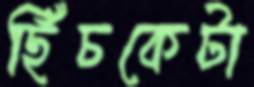
ছিঁচকেটা